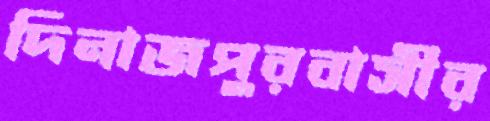
দিনাজপুরবাসীর